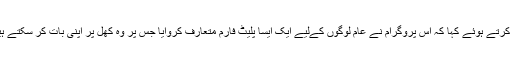
اس سے پہلے آواز پروگرام کے سربراہ حارث خلیق نے خطاب کرتے ہوئے کہا کہ اس پروگرام نے عام لوگوں کےلیے ایک ایسا پلیٹ فارم متعارف کروایا جس پر وہ کھل پر اپنی بات کر سکتے ہیں اور مسائل کے حل کےلیے اپنی تجاویز بھی دیتے رہتے ہیں۔